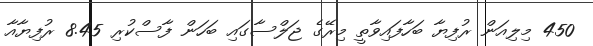
450 މިލިއަން ރުފިޔާ ބަހާފައިވާތީ މިރޭގެ ޖަލްސާގައި ބަހަން ފާސްކުރި 8.45 ރުފިޔާއާ